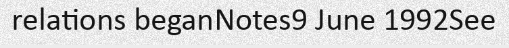
relations beganNotes9 June 1992See